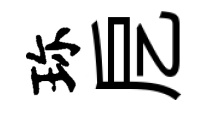
珎戹